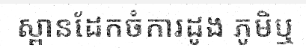
ស្ពានដែកចំការដូង ភូមិឬ